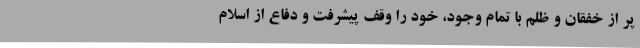
پر از خفقان و ظلم با تمام وجود، خود را وقف پیشرفت و دفاع از اسلام